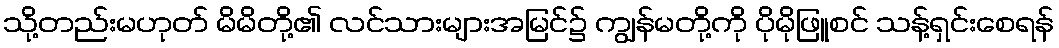
သို့တည်းမဟုတ် မိမိတို့၏ လင်သားများအမြင်၌ ကျွန်မတို့ကို ပိုမိုဖြူစင် သန့်ရှင်းစေရန်